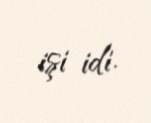
işi idi.